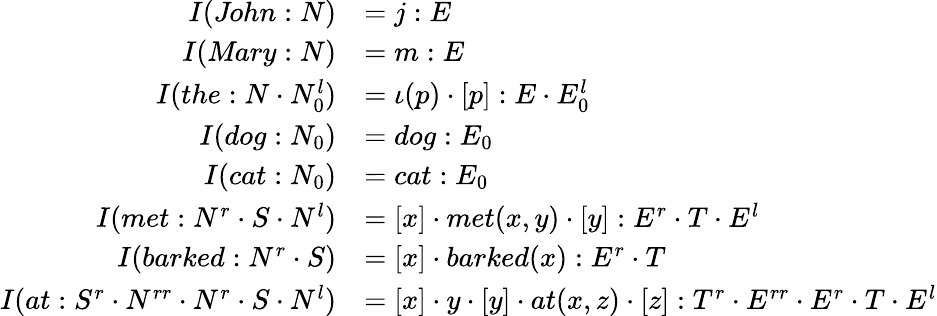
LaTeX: {\begin{array}{rl}{I({\textit{John}}:N)}&{=j:E}\\ {I({\textit{Mary}}:N)}&{=m:E}\\ {I(the:N\cdot N_{0}^{l})}&{=\iota(p)\cdot[p]:E\cdot E_{0}^{l}}\\ {I(dog:N_{0})}&{=dog:E_{0}}\\ {I(cat:N_{0})}&{=cat:E_{0}}\\ {I(met:N^{r}\cdot S\cdot N^{l})}&{=[x]\cdot met(x,y)\cdot[y]:E^{r}\cdot T\cdot E^{l}}\\ {I(barked:N^{r}\cdot S)}&{=[x]\cdot barked(x):E^{r}\cdot T}\\ {I(at:S^{r}\cdot N^{rr}\cdot N^{r}\cdot S\cdot N^{l})}&{=[x]\cdot y\cdot[y]\cdot at(x,z)\cdot[z]:T^{r}\cdot E^{rr}\cdot E^{r}\cdot T\cdot E^{l}}\end{array}}